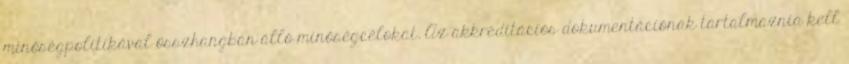
minőségpolitikával összhangban álló minőségcélokat. Az akkreditációs dokumentációnak tartalmaznia kell